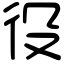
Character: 役